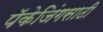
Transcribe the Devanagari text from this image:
पॅकेजिंगसाठी